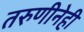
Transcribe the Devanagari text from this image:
तरुणीनेही